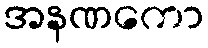
အနဏကော